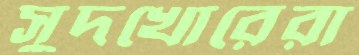
সুদখোরেরা